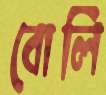
বোলি